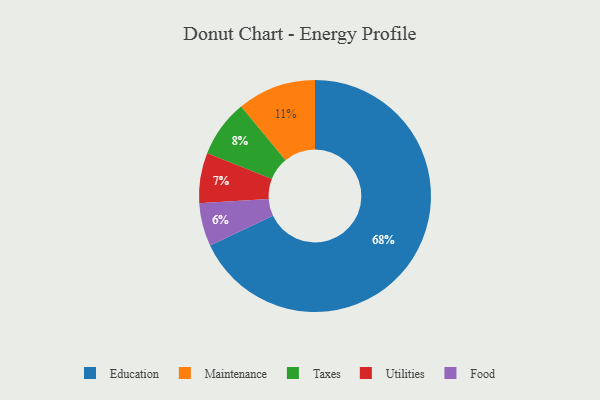
{"axis": {"x": "Category", "y": "Percentage"}, "legend": ["Education", "Food", "Maintenance", "Taxes", "Utilities"], "data": [{"x": "Food", "y": 6, "type": "Food"}, {"x": "Utilities", "y": 7, "type": "Utilities"}, {"x": "Taxes", "y": 8, "type": "Taxes"}, {"x": "Maintenance", "y": 11, "type": "Maintenance"}, {"x": "Education", "y": 68, "type": "Education"}]}